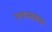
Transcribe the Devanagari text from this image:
एकसष्टावा